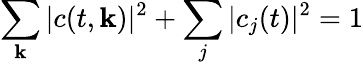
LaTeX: \sum_{{\mathbf k}}|c(t,{\mathbf k})|^{2}+\sum_{j}|c_{j}(t)|^{2}=1